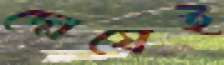
দোষেই